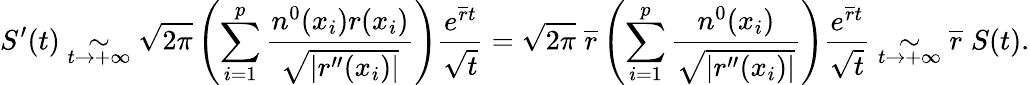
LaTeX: S^{\prime}(t)\underset{t\to+\infty}{\sim}\sqrt{2\pi}\left(\sum_{i=1}^{p}{\frac{n^{0}(x_{i})r(x_{i})}{\sqrt{\lvert r^{\prime\prime}(x_{i})\rvert}}}\right)\frac{e^{\overline{r}t}}{\sqrt{t}}=\sqrt{2\pi}\; \overline{r}\left(\sum_{i=1}^{p}{\frac{n^{0}(x_{i})}{\sqrt{\lvert r^{\prime\prime}(x_{i})\rvert}}}\right)\frac{e^{\overline{r}t}}{\sqrt{t}}\underset{t\to+\infty}{\sim}\overline{r}\; S(t).